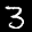
Label: 3